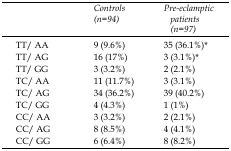
<table><thead><tr><td></td><td><b>Controls (n=94)</b></td><td><b>Pre-eclamptic patients (n=97)</b></td></tr></thead><tbody><tr><td>TT/AA</td><td>9 (9.6%)</td><td>35 (36.1%)*</td></tr><tr><td>TT/AG</td><td>16 (17%)</td><td>3 (3.1%)*</td></tr><tr><td>TT/GG</td><td>3 (3.2%)</td><td>2 (2.1%)</td></tr><tr><td>TC/AA</td><td>11 (11.7%)</td><td>3 (3.1%)</td></tr><tr><td>TC/AG</td><td>34 (36.2%)</td><td>39 (40.2%)</td></tr><tr><td>TC/GG</td><td>4 (4.3%)</td><td>1 (1%)</td></tr><tr><td>CC/AA</td><td>3 (3.2%)</td><td>2 (2.1%)</td></tr><tr><td>CC/AG</td><td>8 (8.5%)</td><td>4 (4.1%)</td></tr><tr><td>CC/GG</td><td>6 (6.4%)</td><td>8 (8.2%)</td></tr></tbody></table>